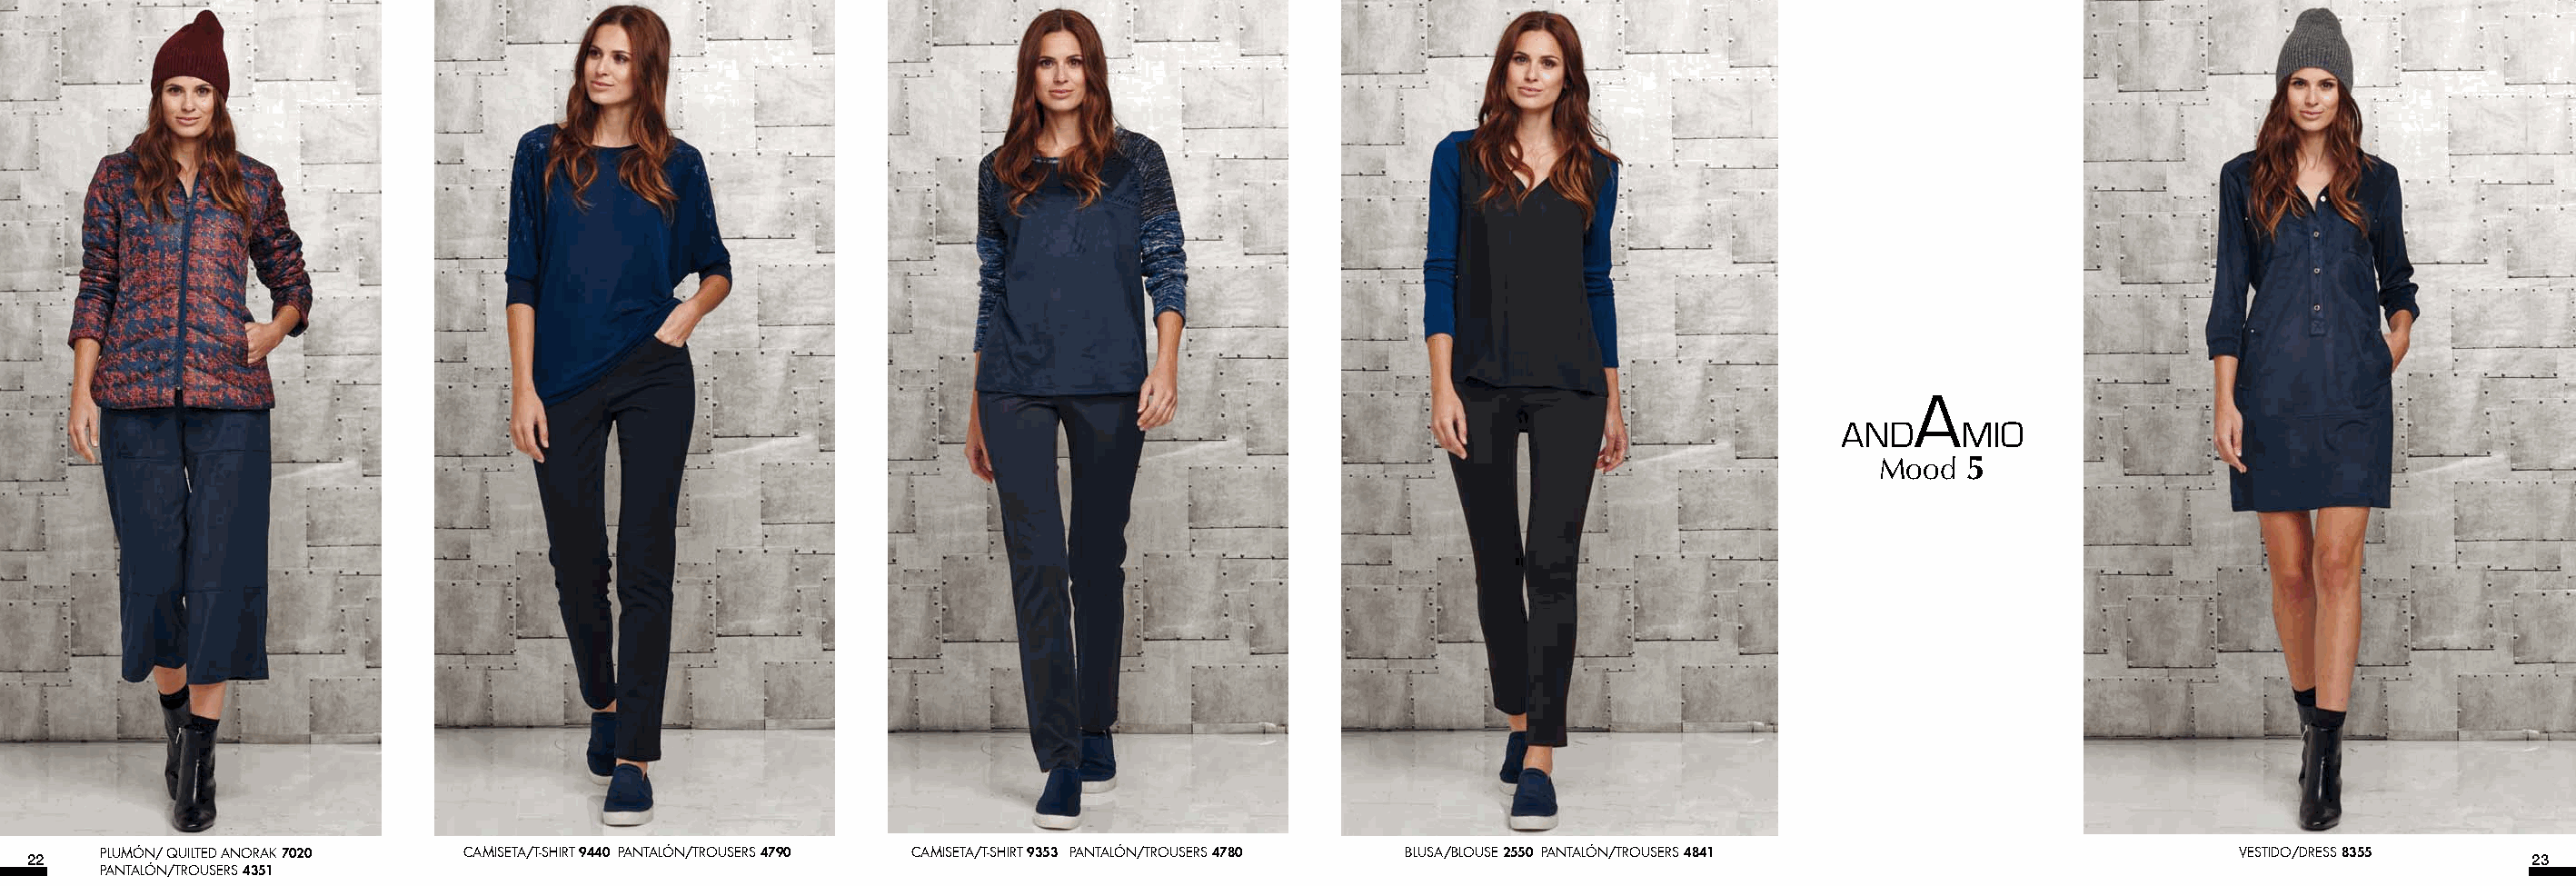
Mood  5
 22   PLUMÓN/ QUILTED ANORAK 7020 CAMISETA/T-SHIRT 9440 PANTALÓN/TROUSERS 4790 CAMISETA/T-SHIRT 9353 PANTALÓN/TROUSERS 4780 BLUSA/BLOUSE 2550 PANTALÓN/TROUSERS 4841 VESTIDO/DRESS 8355 23
 PANTALÓN/TROUSERS 4351